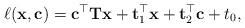
LaTeX: \begin{align*}\ell(\mathbf{x}, \mathbf{c}) = \mathbf{c}^\top \mathbf{T} \mathbf{x} + \mathbf{t}_1^\top \mathbf{x} + \mathbf{t}_2^\top \mathbf{c} + t_0,\end{align*}